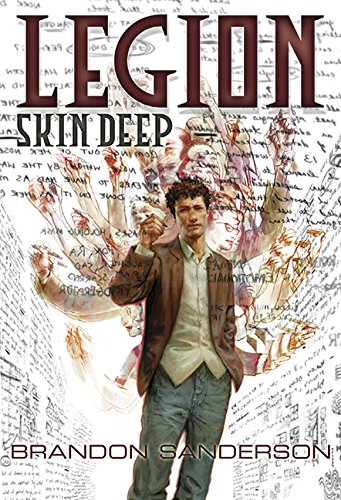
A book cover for Legion: Skin Deep; Brandon Sanderson; Science Fiction & Fantasy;